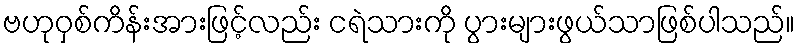
ဗဟုဝှစ်ကိန်းအားဖြင့်လည်း ငရဲသားကို ပွားများဖွယ်သာဖြစ်ပါသည်။